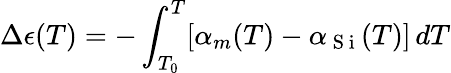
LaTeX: \Delta\epsilon(T)=-\int_{T_{0}}^{T}[\alpha_{m}(T)-\alpha_{\mathrm{~S~i~}}(T)]\, dT